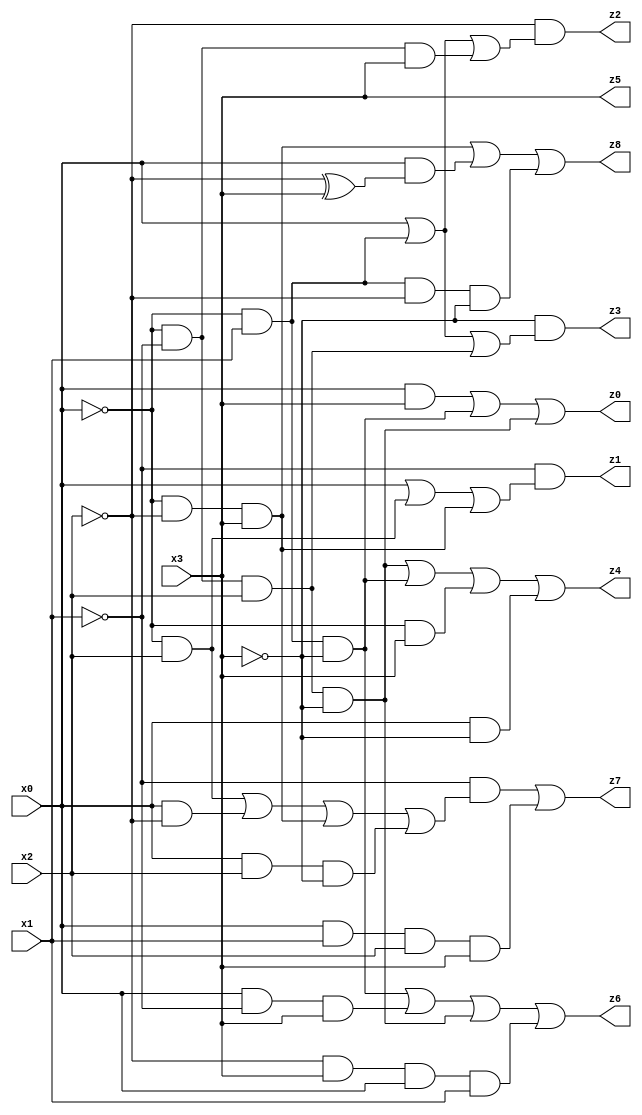
// Benchmark "X_67" written by ABC on Mon Jun 05 23:32:10 2023

module X_67 ( 
    x0, x1, x2, x3,
    z0, z1, z2, z3, z4, z5, z6, z7, z8  );
  input  x0, x1, x2, x3;
  output z0, z1, z2, z3, z4, z5, z6, z7, z8;
  assign z0 = (x0 & x3) | (~x0 & x1 & ~x3) | (~x0 & ~x1 & x2 & ~x3);
  assign z1 = ~x1 & (x0 | (~x0 & x2) | (~x0 & ~x2 & x3));
  assign z2 = ~x2 & (x0 | (~x0 & x1) | (~x0 & ~x1 & x3));
  assign z3 = ~x3 & (x0 | (~x0 & x1) | (~x0 & ~x1 & x2));
  assign z4 = (~x0 & ~x1 & x2 & ~x3) | (~x0 & x1 & ~x3) | (~x0 & x3) | (x0 & ~x3);
  assign z5 = x3;
  assign z6 = (~x0 & x1 & ~x3) | (x0 & ~x1 & x3) | (~x0 & ~x1 & x2 & ~x3) | (~x2 & x3 & x0 & x1);
  assign z7 = (~x1 & ((~x0 & x2) | (x0 & ~x2) | (~x0 & ~x2 & x3) | (x0 & x2 & ~x3))) | (x0 & x1 & x2 & x3);
  assign z8 = (~x0 & ~x2 & x3) | (x0 & (~x2 ^ x3)) | (~x0 & x1 & ~x2 & ~x3);
endmodule